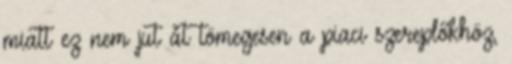
miatt ez nem jut át tömegesen a piaci szereplőkhöz,